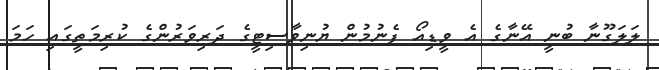
ލަލަގޫނާ ބުނީ އޭނާގެ އެ ވީޑިއޯ ފެނުމުން ޔުނިވާސިޓީގެ ދަރިވަރުންގެ ކުރިމަތީގައި ހަމަ